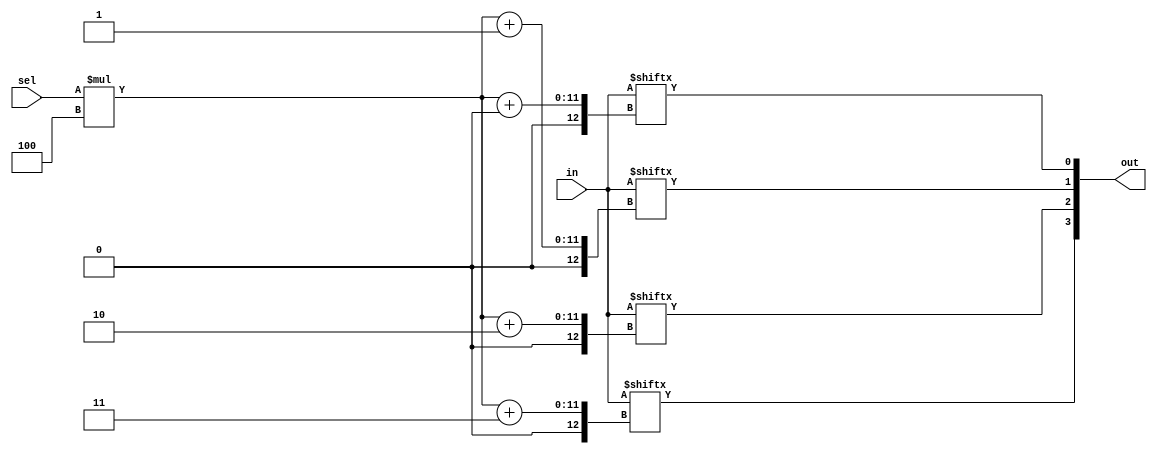
module top_module( 
    input [1023:0] in,
    input [7:0] sel,
    output [3:0] out );

    // We can't part-select multiple bits without an error, but we can select one bit at a time,
	// four times, then concatenate them together.
    
	assign out = {in[sel*4+3], in[sel*4+2], in[sel*4+1], in[sel*4+0]};
    
endmodule